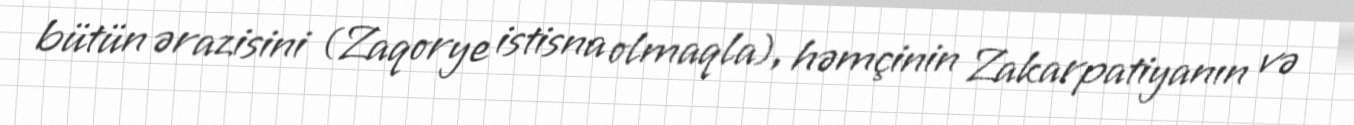
bütün ərazisini (Zaqorye istisna olmaqla), həmçinin Zakarpatiyanın və